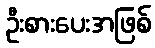
ဦးစားပေးအဖြစ်